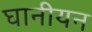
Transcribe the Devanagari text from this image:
घानीयन